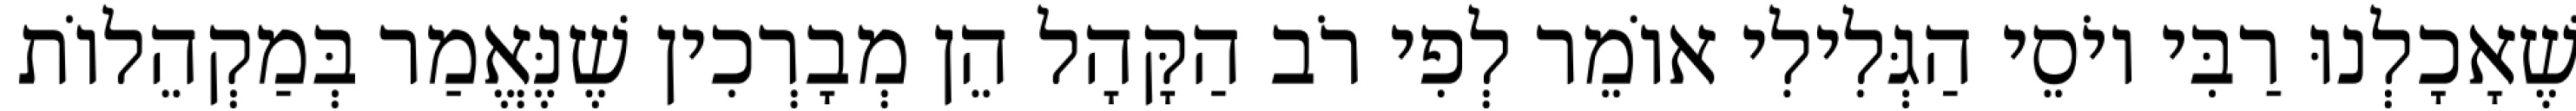
שֶׁאָכָלְנוּ רַבִּי יוֹסֵי הַגְּלִילִי אוֹמֵר לְפִי רֹב הַקָּהָל הֵן מְבָרְכִין שֶׁנֶּאֱמַר בְּמַקְהֵלוֹת